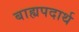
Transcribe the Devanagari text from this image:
बाह्यपदार्थ